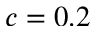
c = 0 . 2